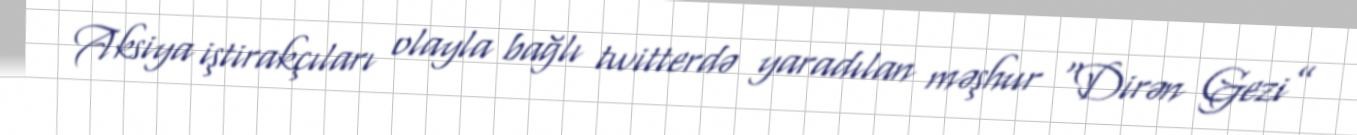
Aksiya iştirakçıları olayla bağlı twitterdə yaradılan məşhur “Dirən Gezi”